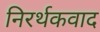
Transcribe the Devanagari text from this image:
निरर्थकवाद